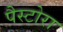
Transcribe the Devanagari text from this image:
पैस्टोरा